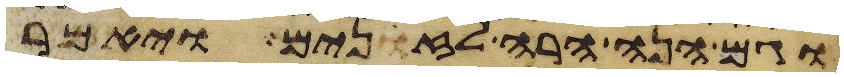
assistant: וגם הנה הרה לזנים ויאמר